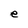
Character: e